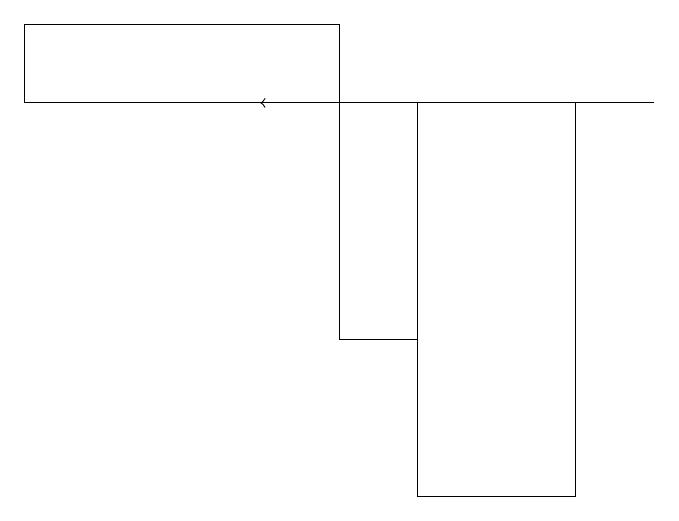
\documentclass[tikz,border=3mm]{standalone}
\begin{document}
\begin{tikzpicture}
\draw (6,16) rectangle (5,13);
\draw[->] (9,16) -- (4,16);
\draw (5,17) rectangle (1,16);
\draw (8,11) rectangle (6,16);
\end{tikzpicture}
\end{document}